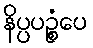
နိပ္ပပဉ္စံပေ